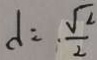
d = \frac { \sqrt { 2 } } { 2 }